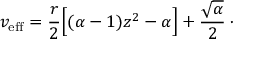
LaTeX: v _ { \mathrm { e f f } } = { \frac { r } { 2 } } \Bigl [ ( \alpha - 1 ) z ^ { 2 } - \alpha \Bigr ] + { \frac { \sqrt { \alpha } } { 2 } } \, \cdotp